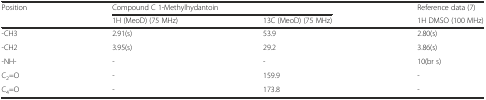
| <ROWSPAN=2> Position | <COLSPAN=2> Compound C 1-Methylhydantoin | Reference data (7) |
 | 1H (MeoD) (75 MHz) | 13C (MeoD) (75 MHz) | 1H DMSO (100 MHz) |
 | --- | --- | --- | --- |
 | -CH3 | 2.91(s) | 53.9 | 2.80(s) |
 | -CH2 | 3.95(s) | 29.2 | 3.86(s) |
 | -NH- | - | - | 10(br s) |
 | C2=O | - | 159.9 | - |
 | C4=O | - | 173.8 | - |